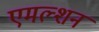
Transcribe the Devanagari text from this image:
एमल्शन